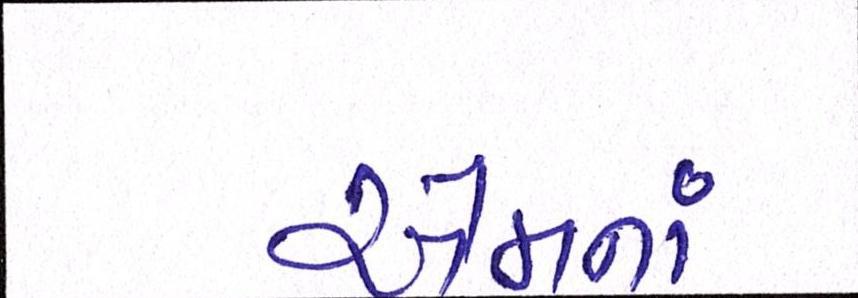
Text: એમનાં